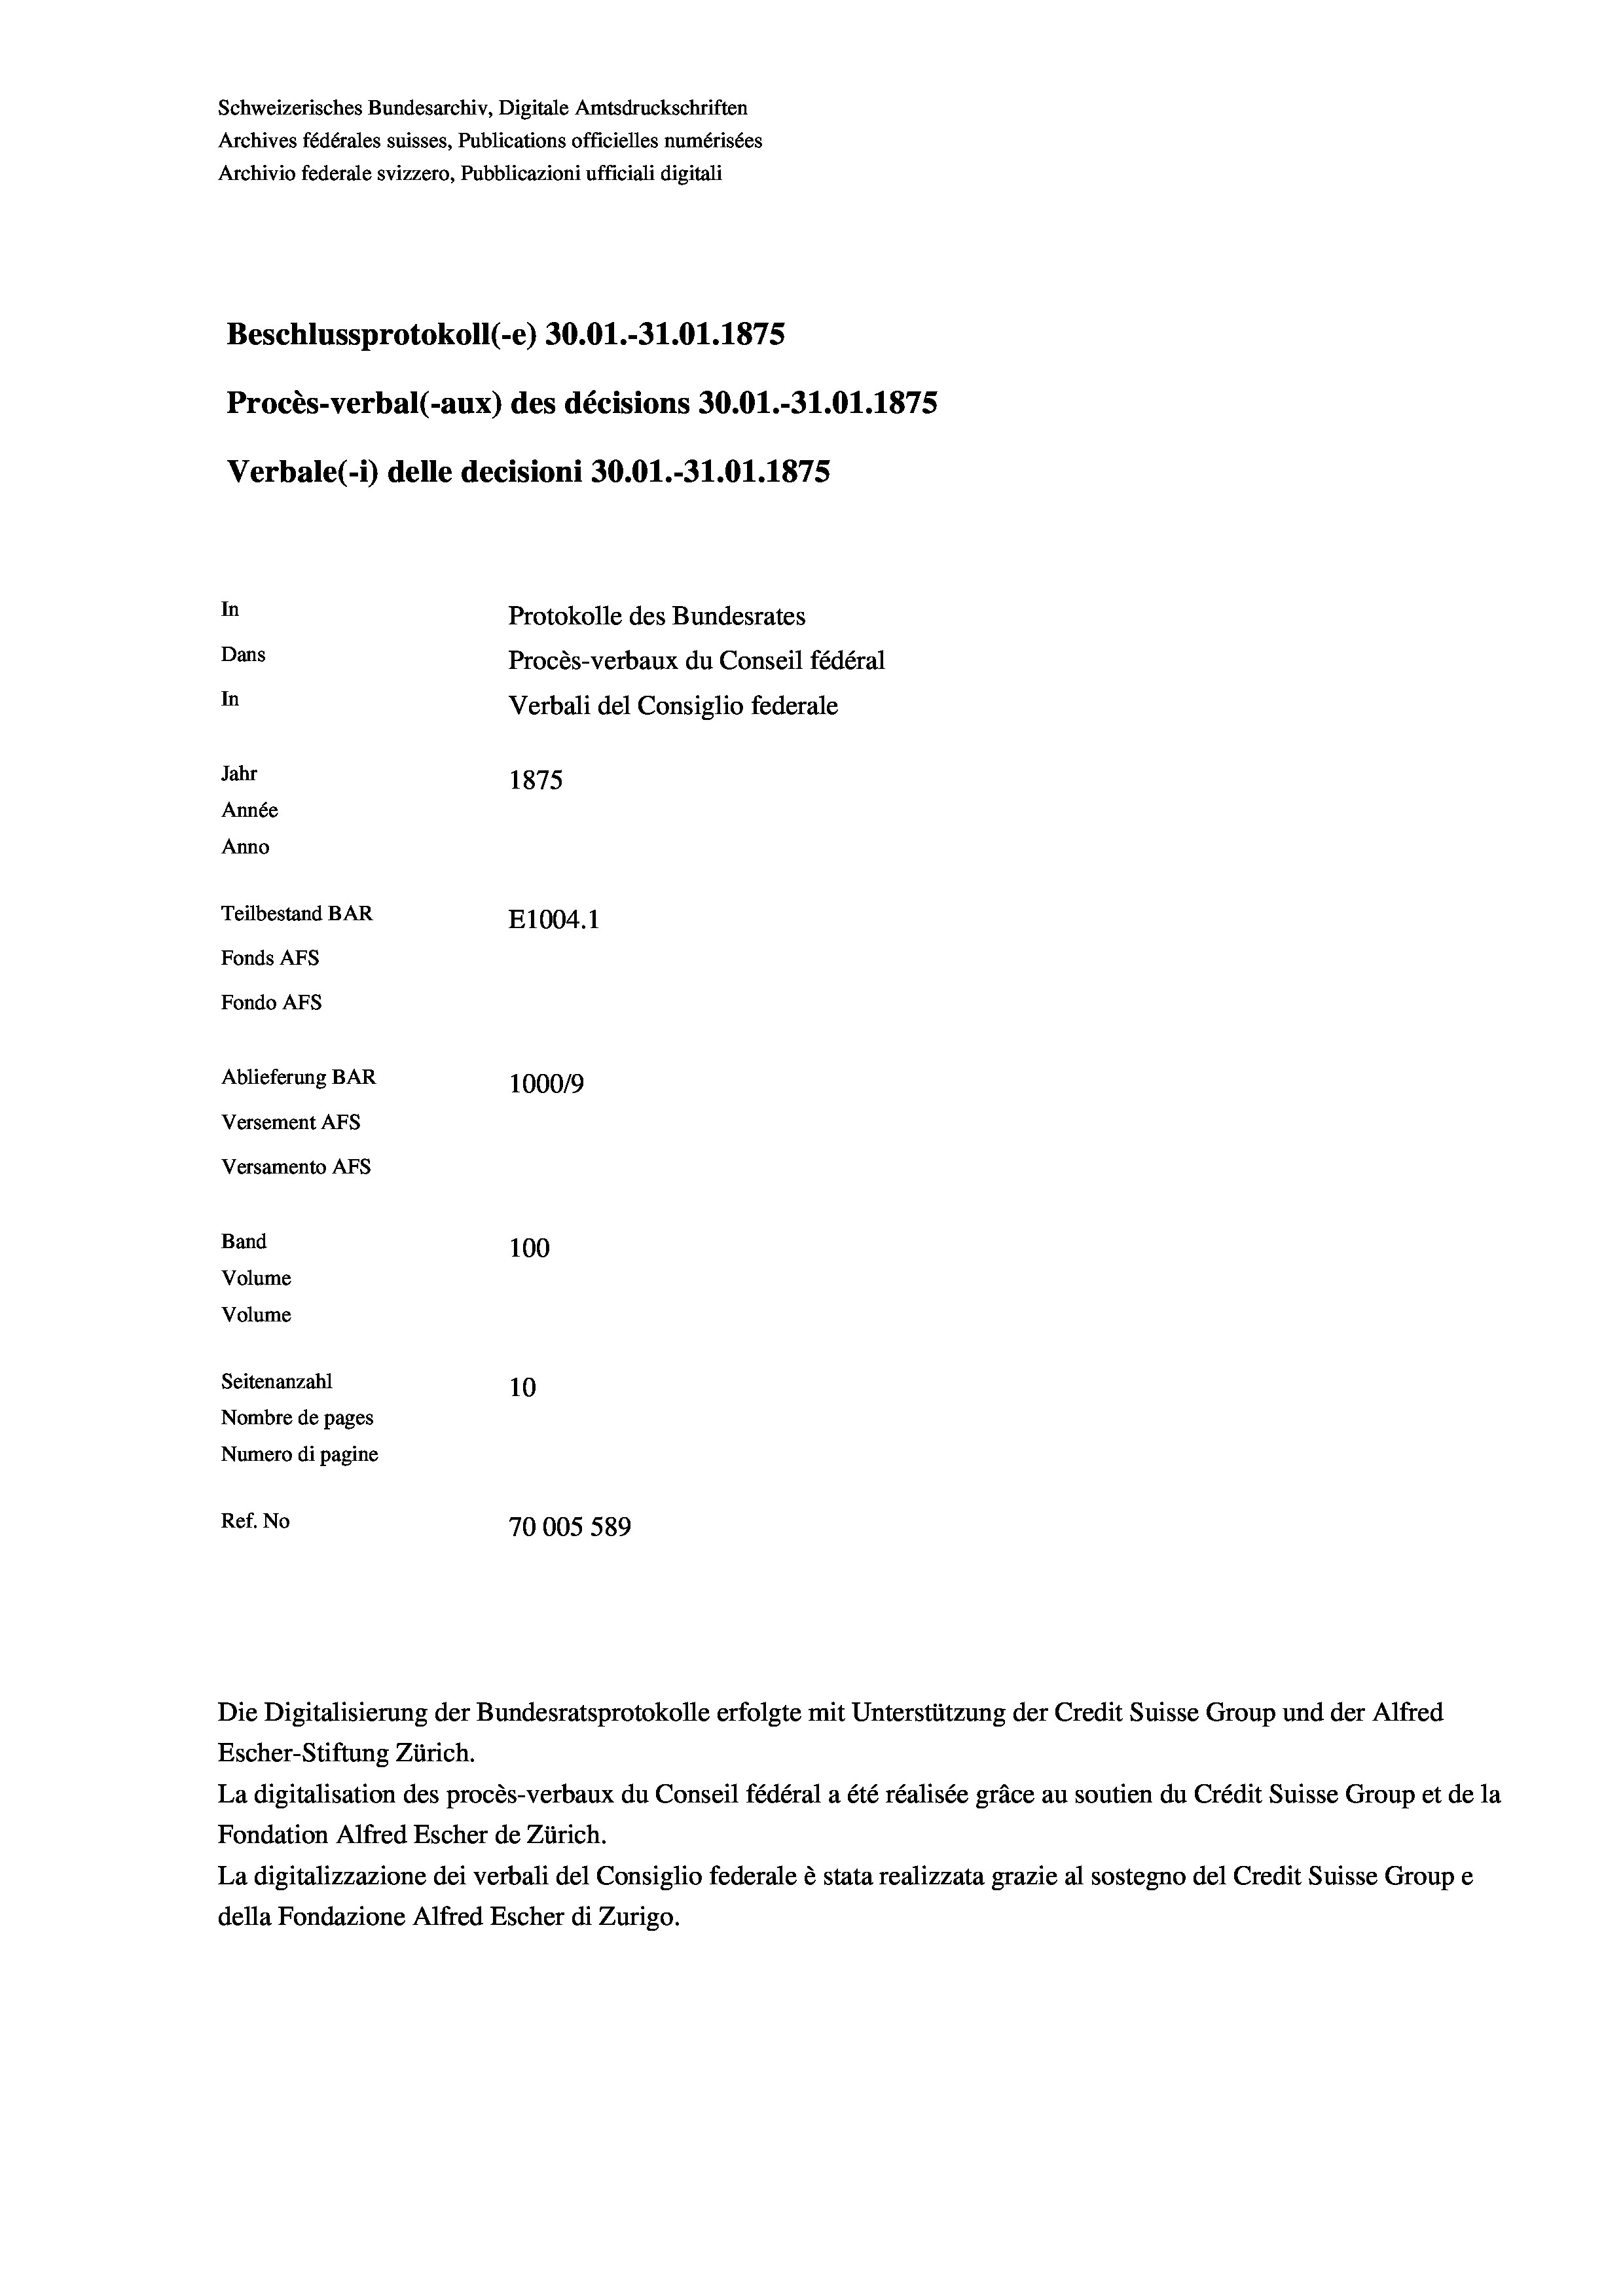
Schweizerisches Bundesarchiv, Digitale Amtsdruckschriften
Archives fédérales suisses, Publications officielles numérisées
Archivio federale svizzero, Pubblicazioni ufficiali digitali
Beschlussprotokoll (e) 30.01.-31.01. 1875
Procès-verbal (-aux) des décisions 30.01.-31.01. 1875
Verbale(-*) delle decisioni 30.01.-31.01. 1875
In
Protokolle des Bundesrates
Dans
Procès-verbaux du Conseil fédéral
In
Verbali del Consiglio federale
Jahr
1875
Année
Anno
Teilbestand BAR
E1004.1
Fonds AFs
Fondo Afs
Ablieferung BAR
10009
Versement Ans
Versamento AFs
Band
100
Volume
Volume
Seitenanzahl
10
Nombre de pages
Numero di pagine
Ref. No
70005 589

Die Digitalisierung der Bundesratsprotokolle erfolgte mit Unterstützung der Credit Suisse Group und der Alfred
Escher-Stiftung Zürich.
La digitalisation des procès-verbaux du Conseil fédéral a été réalisée gräce au soutien du Crédit Suisse Group et de la
Fondation Alfred Escher de Zürich.
La digitalizzazione dei verbali del Consiglio federale è stata realizzata grazie al sostegno del Credit Suisse Groupe
della Fondazione Alfred Escher di Zurigo.